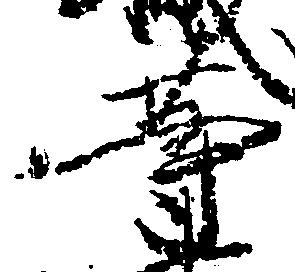
等